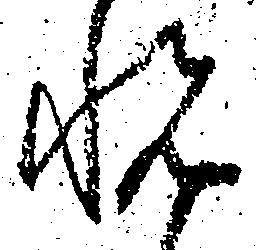
悦